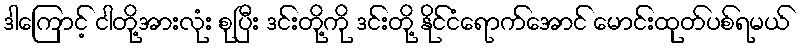
ဒါကြောင့် ငါတို့အားလုံး စုပြီး ဒင်းတို့ကို ဒင်းတို့ နိုင်ငံရောက်အောင် မောင်းထုတ်ပစ်ရမယ်